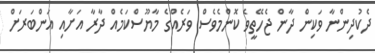
ދެކުދިންނާ ވަކިން ދާން ޖެހޭތީވެ ކޮންމެވެސް ވަރެއްގެ މާޔޫސްކަމެއް ދާރާ އަށާއި އަންބަރަށް